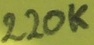
Text: 220K